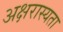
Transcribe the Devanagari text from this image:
अक्षरास्यता